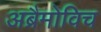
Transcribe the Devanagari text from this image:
अब्रैमोविच